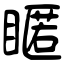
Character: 䁥